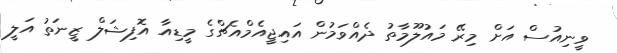
ވީނިއުސް އަށް މިރޭ މައުލޫމާތު ދެއްވަމުން އައިޖީއެމްއެޗްގެ މީީޑިއާ އޮފިޝަލް ޒީނަތު އަލީ